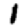
Digit: 1